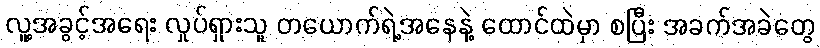
လူ့အခွင့်အရေး လှုပ်ရှားသူ တယောက်ရဲ့အနေနဲ့ ထောင်ထဲမှာ စပြီး အခက်အခဲတွေ